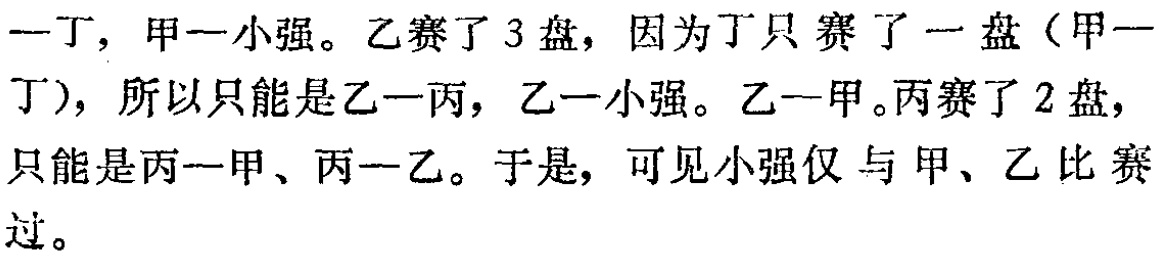
一丁，甲一小强。乙赛了3盘，因为丁只赛了一盘（甲一丁），所以只能是乙一丙，乙一小强。乙一甲。丙赛了2盘，只能是丙一甲、丙一乙。于是，可见小强仅与甲、乙比赛过。